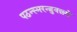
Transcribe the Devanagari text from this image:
पठन्स्मरन्ब्रुवन्नरो